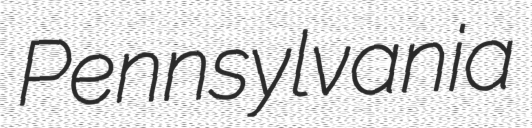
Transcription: Pennsylvania